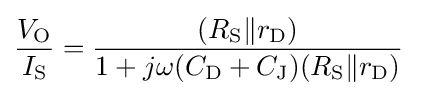
{\frac {V_{\text{O}}}{I_{\text{S}}}}={\frac {(R_{\text{S}}{\mathit {\parallel }}r_{\text{D}})}{1+j\omega (C_{\text{D}}+C_{\text{J}})(R_{\text{S}}{\mathit {\parallel }}r_{\text{D}})}}\